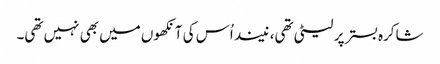
شاکرہ بستر پر لیٹی تھی، نیند اُس کی آنکھوں میں بھی نہیں تھی۔